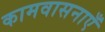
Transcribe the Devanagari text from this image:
कामवासनाएँ